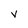
Character: v